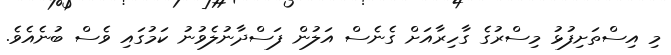
މި އިސްތަށިފުޅު މިސްރުގެ ގާހިރާއަށް ގެނެސް އަލުން ފަސްދާނުލެވުނު ކަމުގައި ވެސް ބުނެއެވެ.